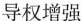
导权增强